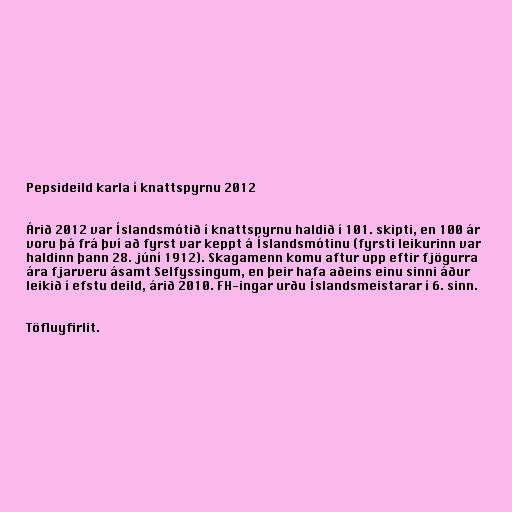
Pepsideild karla í knattspyrnu 2012

Árið 2012 var Íslandsmótið í knattspyrnu haldið í 101. skipti, en 100 ár
voru þá frá því að fyrst var keppt á Íslandsmótinu (fyrsti leikurinn var
haldinn þann 28. júní 1912). Skagamenn komu aftur upp eftir fjögurra
ára fjarveru ásamt Selfyssingum, en þeir hafa aðeins einu sinni áður
leikið í efstu deild, árið 2010. FH-ingar urðu Íslandsmeistarar í 6. sinn.

Töfluyfirlit.